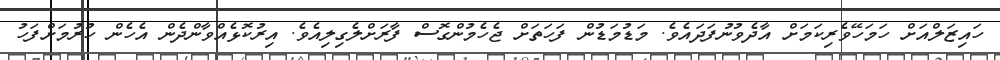
ހައިޒަލްއަށް ހަމަހޭވެރިކަމަށް އާދެވުނުފަދައެވެ. މަޑުމަޑުން ފަހަތަށް ޖެހެމުންގޮސް ފާރަށްލެގިލިއެވެ. އިރުކޮޅެއްވާންދެން އެހެން ހުރުމަށްފަހު